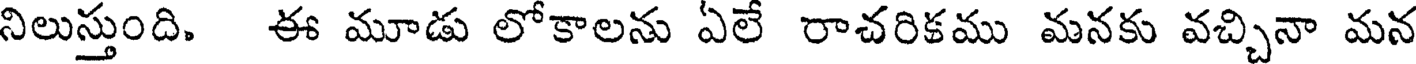
నిలుస్తుంది. ఈ మూడు లోకాలను ఏలే రాచరికము మనకు వచ్చినా మన